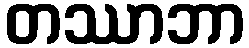
တဿာဘာ